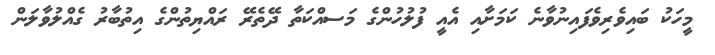
މީހަކު ބައިވެރިވެފައިނުވާނެ ކަމަށާއި އެއީ ފުލުހުންގެ މަަސއްކަތާ ދޭތެރޭ ރައްޔިތުންގެ އިތުބާރު ގެއްލުވާލަން